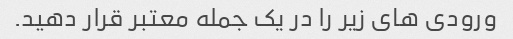
ورودی های زیر را در یک جمله معتبر قرار دهید.